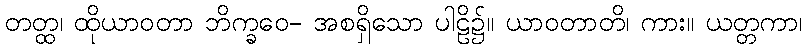
တတ္ထ၊ ထိုယာဝတာ ဘိက္ခဝေ- အစရှိသော ပါဠိ၌။ ယာဝတာတိ၊ ကား။ ယတ္တကာ၊